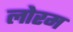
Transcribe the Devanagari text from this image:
लोरम